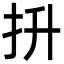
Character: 抍